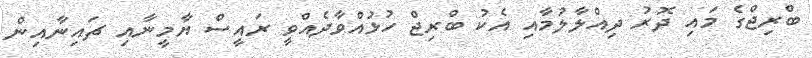
ބްރިޖްގެ މައި ދޮރު ދިއްލާލުމާއި އެކު ބްރިޖް ހުޅުއްވާދެއްވީ ރައީސް ޔާމީނާއި ޗައިނާއިން